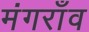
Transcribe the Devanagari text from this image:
मंगराँव